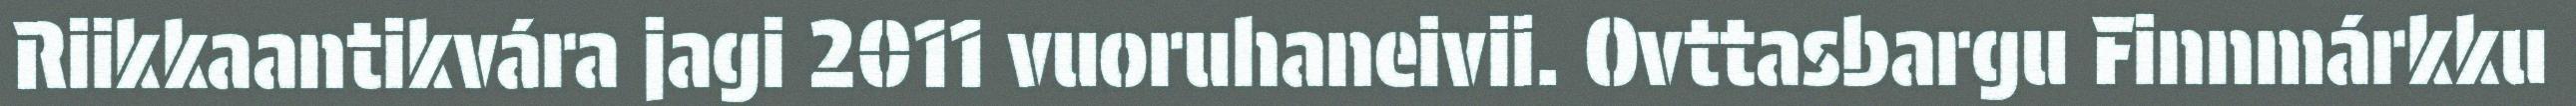
Riikkaantikvára jagi 2011 vuoruhaneivii. Ovttasbargu Finnmárkku